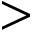
>